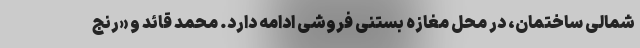
شمالی ساختمان، در محل مغازه بستنی فروشی ادامه دارد. محمد قائد و «رنج